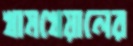
খামখেয়ালের